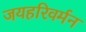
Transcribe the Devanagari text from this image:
जयहरिवर्मन